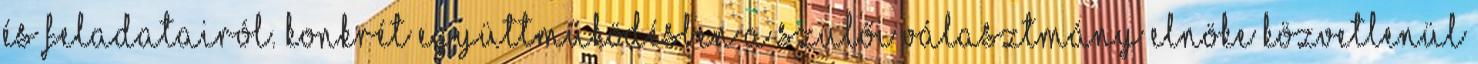
és feladatairól. Konkrét együttműködésben a szülői választmány elnöke közvetlenül